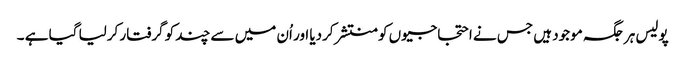
پولیس ہر جگہ موجود ہیں جس نے احتجاجیوں کو منتشر کردیا اور اُن میں سے چند کو گرفتار کرلیا گیا ہے ۔